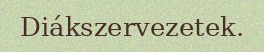
Diákszervezetek.